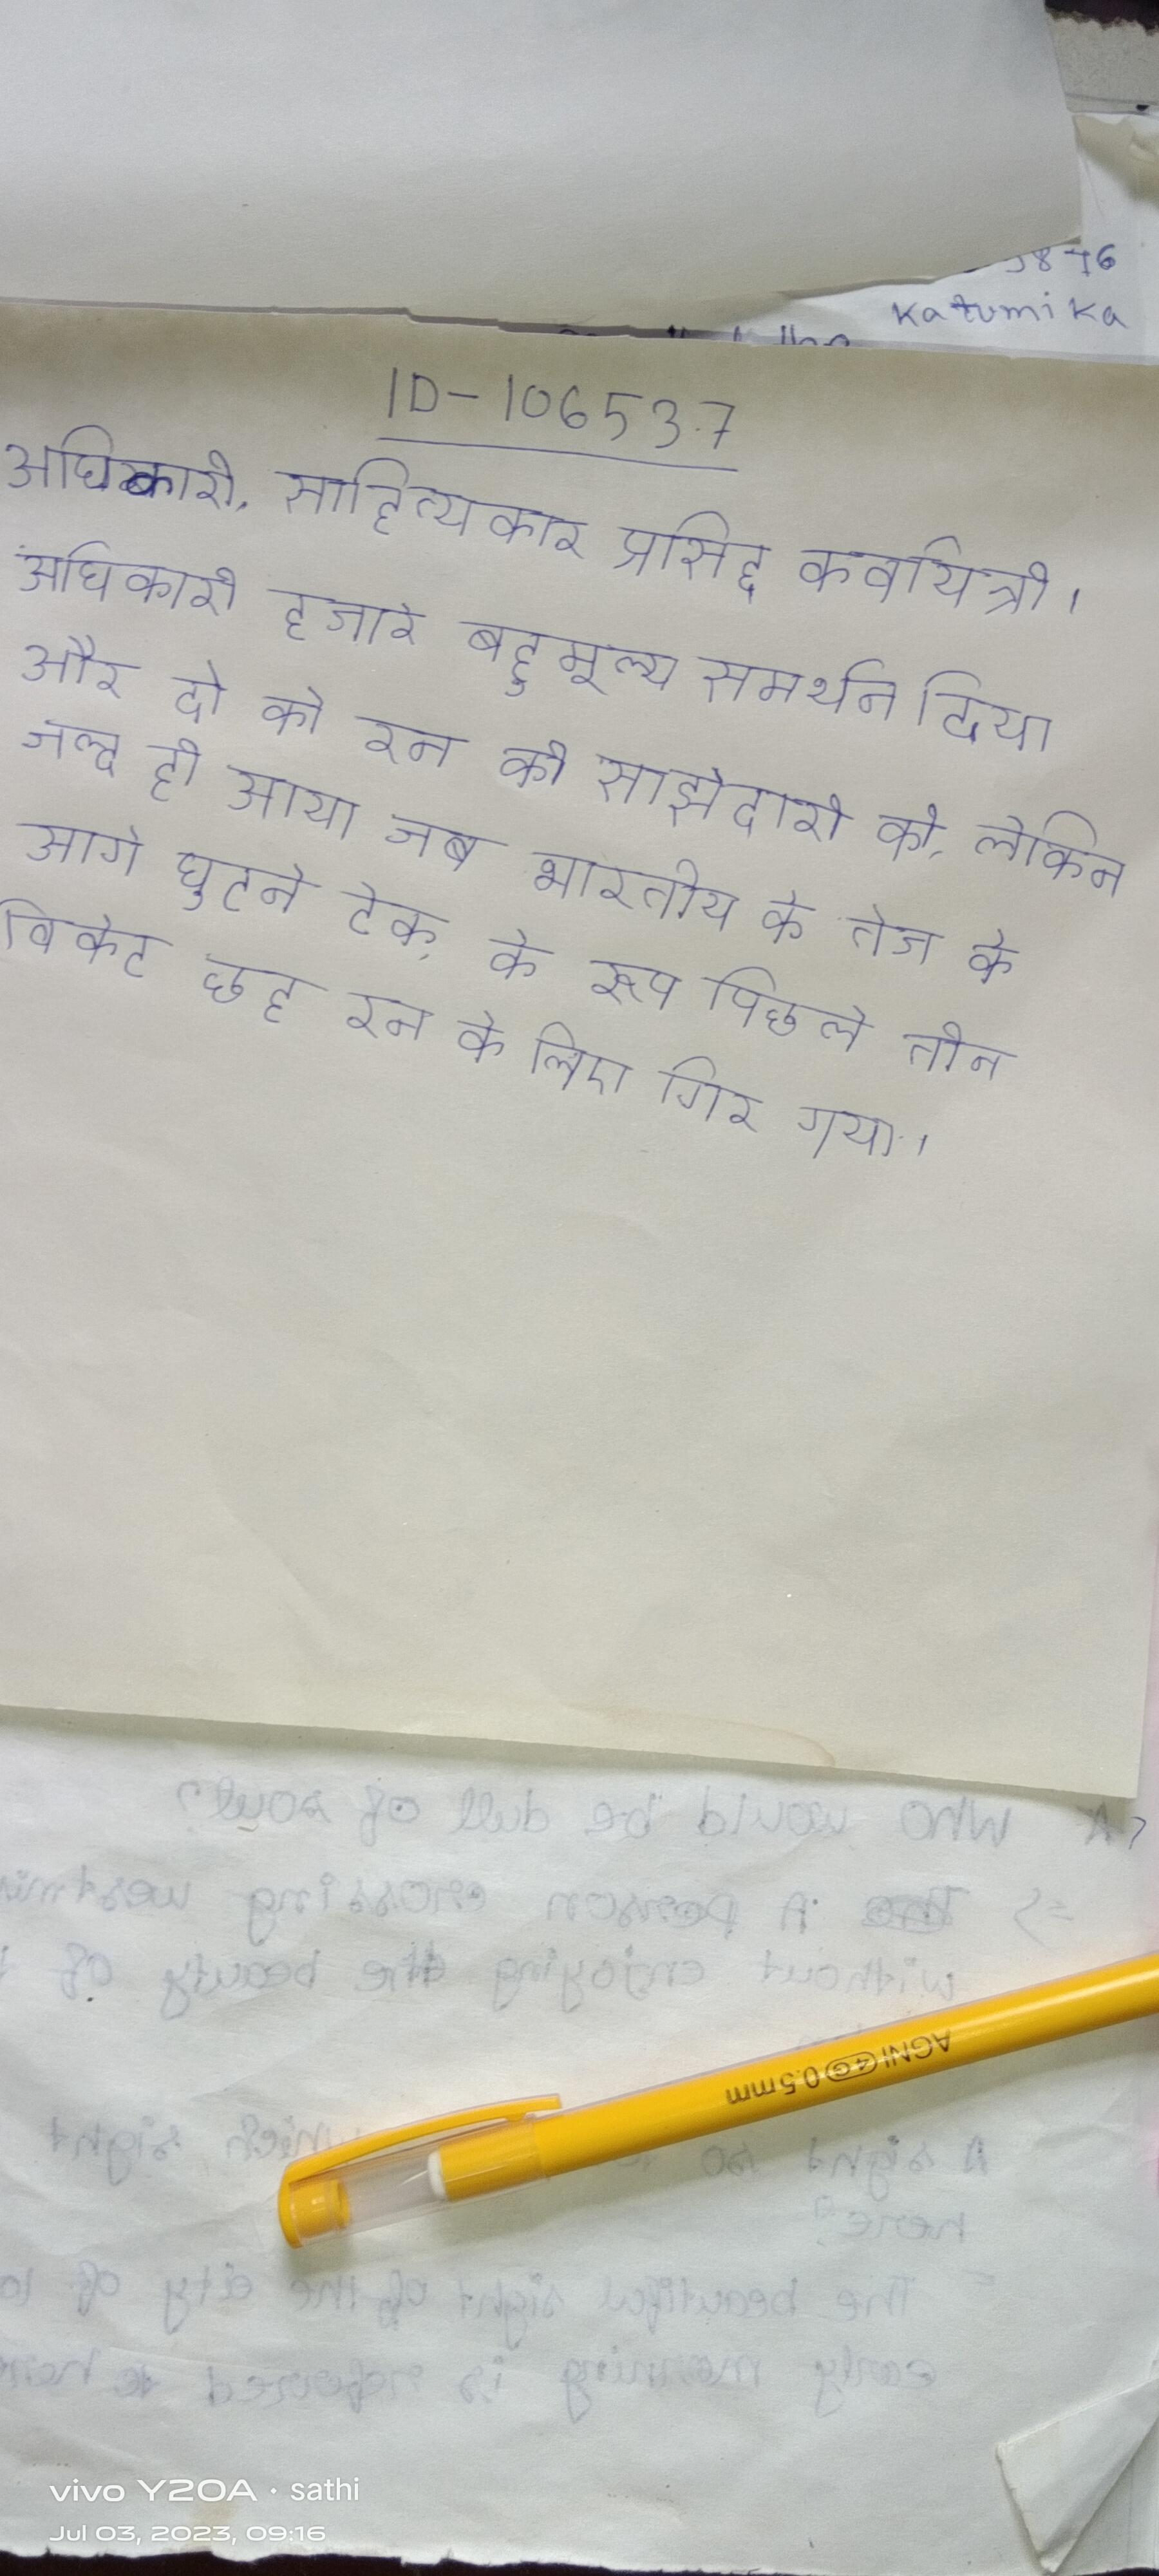
अधिकारी, साहित्यकार प्रसिद्द कवयित्री । अधिकारी हजारे बहुमूल्य समर्थन दिया और दो को रन की साझेदारी की, लेकिन जल्द ही आया जब भारतीय के तेज के आगे घुटने टेक, के रूप पिछले तीन विकेट छह रन के लिए गिर गया ।